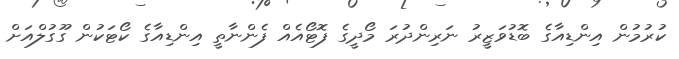
ކުރުމުން އިންޑިއާގެ ބޮޑުވަޒީރު ނަރިންދުރަ މޯދީގެ ފޮޓޯއެއް ފެންނާތީ އިންޑިއާގެ ކޯޓަކުން ގޫގުލްއަށް